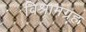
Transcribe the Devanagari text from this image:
विश्रामग्रह